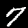
Digit: 7